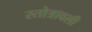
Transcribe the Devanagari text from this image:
स्तोत्रावली